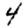
Digit: 4